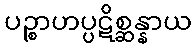
ပဉ္စာဟပ္ပဋိစ္ဆန္နာယ